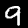
Label: 9